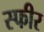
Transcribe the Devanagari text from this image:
स्फीर